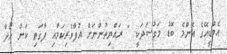
އެމްޑީއޭގެ އެންމެ ބޮޑު މަގުސަދަކީ " ރައްޔިތުންނަށް އުފާވެރިކަމާއި ފާގަތި ކަން ހޯދާ